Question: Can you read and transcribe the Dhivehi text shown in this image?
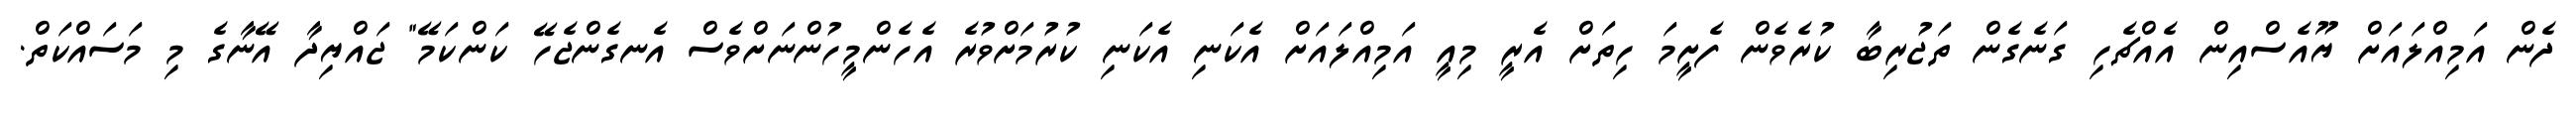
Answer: ދެން އަމިއްލައަށް ޔޫއެސްއިން އެއްޗެހި ގަނެގެން ތަޖުރިބާ ކުރެވެން ފެށީމަ ހިތަށް އެރީ މިއީ އަމިއްލައަށް އެކަނި އެކަނި ކުރުމަށްވުރެ އެހެންމީހުންނަށްވެސް އެނގެންޖެހޭ ކަންކަމޭ" ޖައްޔިދާ އޭނާގެ މި މަސައްކަތް.